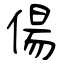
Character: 偒